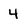
Character: 4